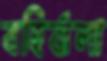
বহির্বালা